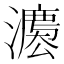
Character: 𱩬